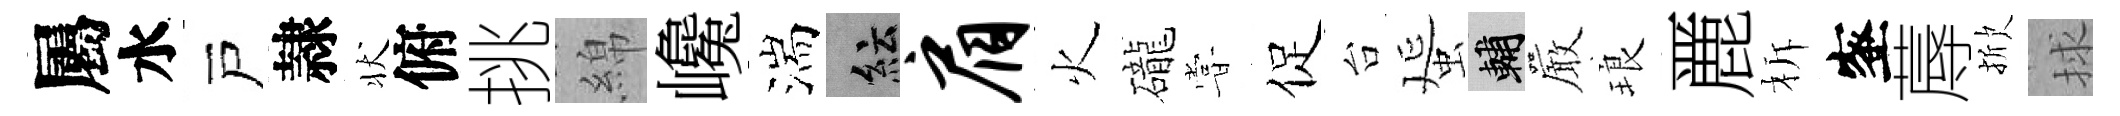
屬水戸隷状俯挑綿巉湍紜肩火礲甞促台蜑輔巖琅䴡柝蜜蓐掀捄